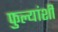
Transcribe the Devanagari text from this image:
फुल्यांशी